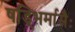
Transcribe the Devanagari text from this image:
षड्भिर्मासैः